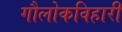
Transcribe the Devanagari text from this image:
गौलोकविहारी